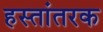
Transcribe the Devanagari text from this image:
हस्तांतरक